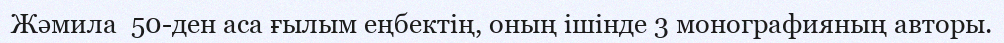
Жәмила  50-ден аса ғылым еңбектің, оның ішінде 3 монографияның авторы.